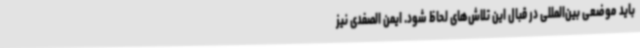
باید موضعی بین‌المللی در قبال این تلاش‌های لحاظ شود. ایمن الصفدی نیز